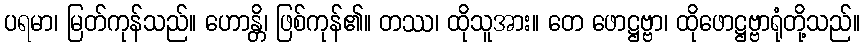
ပရမာ၊ မြတ်ကုန်သည်။ ဟောန္တိ၊ ဖြစ်ကုန်၏။ တဿ၊ ထိုသူအား။ တေ ဖောဋ္ဌဗ္ဗာ၊ ထိုဖောဋ္ဌဗ္ဗာရုံတို့သည်။